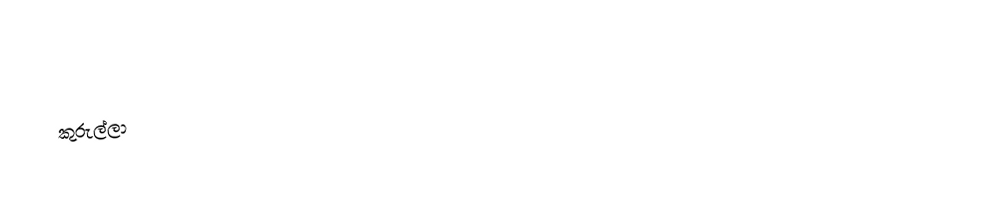
කුරුල්ලා